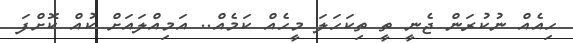
ހިއެއް ނުކުރަން ޖެނީ ތީ ތިކަހަލަ މީހެއް ކަމެއް.. އަމިއްލައަށް ކުއް ކޮށްފަ